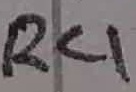
Text: R4